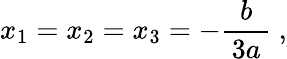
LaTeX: x_{1}=x_{2}=x_{3}=-{\frac{b}{\, 3a\, }}~,